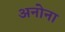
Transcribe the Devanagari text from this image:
अनोना